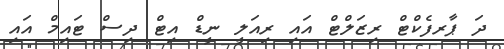
ދަ ޕާރފެކްޓް ރިޒަލްޓް އައި ރިއަލީ ނީޑް އިޓް ދިސް ޓައިމް އައި